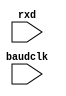


// Simple printout of characters from the UART
//   Only does 8N1, requires the baud clock

module uart_rx (input baudclk, input rxd);
   reg [8:0] sr = 9'b0;
   reg [3:0]  baud_ctr = 4'b0;

   /*
   wire       byteclk = baud_ctr[3];
   reg 	      rxd_d1 = 0;
   always @(posedge baudclk)
     rxd_d1 <= rxd;
   
   always @(posedge baudclk)
     if(rxd_d1 != rxd)
       baud_ctr <= 0;
     else
       baud_ctr <= baud_ctr + 1;
*/

   wire       byteclk = baudclk;
   
   always @(posedge byteclk)
     sr <= { rxd, sr[8:1] };

   reg [3:0]  state = 0;
   always @(posedge byteclk)
     case(state)
       0 : 
	 if(~sr[8] & sr[7])  // found start bit
	   state  <= 1;
       1, 2, 3, 4, 5, 6, 7, 8 :
	 state <= state + 1;
       9 : 
	 begin
	    state <= 0;
	    $write("%c",sr[7:0]);
	    if(~sr[8])
	      $display("Error, no stop bit\n");
	 end
       default :
	 state <= 0;
     endcase // case(state)

endmodule // uart_rx